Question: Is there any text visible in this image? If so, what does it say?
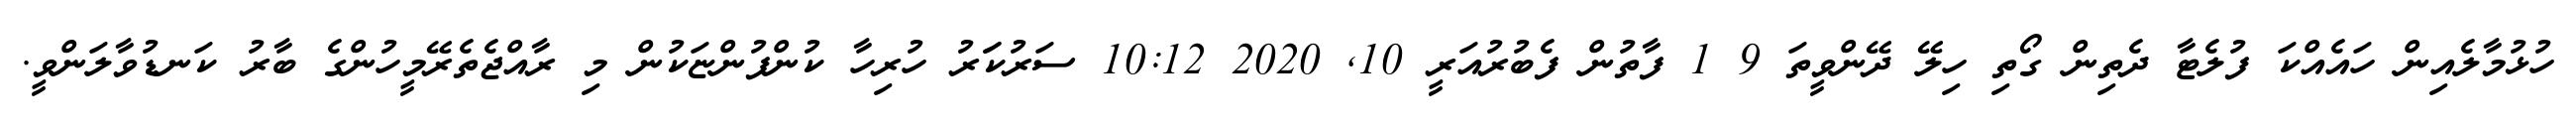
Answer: ހުޅުމާލެއިން ހައެއްކަ ފުލެޓާ ދެތިން ގޯތި ހިލޭ ދޭންވީތަ 9 1 ފާތުން ފެބުރުއަރީ 10, 2020 10:12 ސަރުކަަރު ހުރިހާ ކުންފުންޏަކުން މި ރާއްޖެތެރޭމީހުންގެ ބާރު ކަނޑުވާލަންވީ.